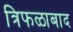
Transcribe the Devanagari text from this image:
त्रिफळाबाद